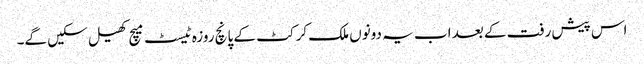
اس پیش رفت کے بعد اب یہ دونوں ملک کرکٹ کے پانچ روزہ ٹیسٹ میچ کھیل سکیں گے۔